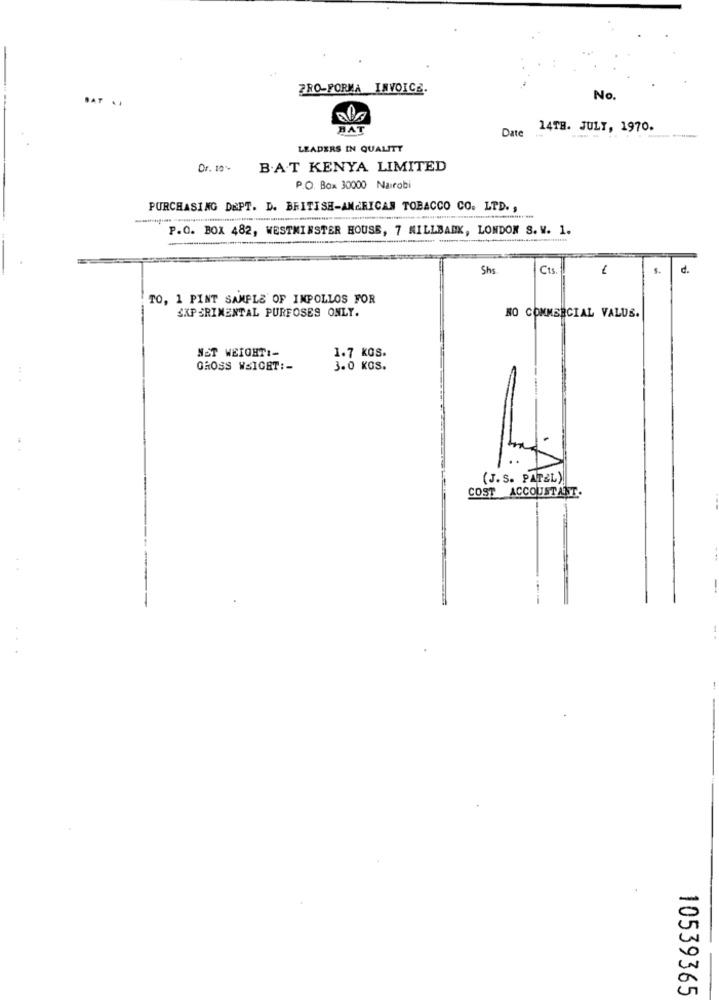
PRO-FORMA INVOICE.
BAT ..
No.
HAT
Date ..
14TB. JULY, 1970.
LEADERS IN QUALITY
Dr. 10%
B.A.T KENYA LIMITED
P.O. Box 30000 Nairobi
PURCHASING DEPT. D. BRITISH-AMERICAN TOBACCO CO. LTD .,
P.O. BOX 482, WESTMINSTER HOUSE, 7 MILLBANK, LONDON S. V. 1.
Shs
Cts.
d.
TO, 1 PINT SAMPLE OF INPOLLOS FOR
EXPERIMENTAL PURFOSES ONLY.
NO COMMERCIAL VALUS.
NET WEIGHT :-
1.7 KGS.
GROSS WEIGHT :-
3.0 KGS.
(J. S. PATEL)
COST ACCOUNTANT.
10539365